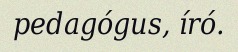
pedagógus, író.